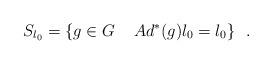
LaTeX: \begin{align*}S_{l_{0}}=\{g\in G\ \,\ \ Ad^{*}(g)l_{0}=l_{0}\} \ \ .\end{align*}